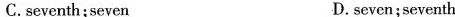
C.seventh;seven D.seven;seventh